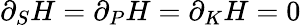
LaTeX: \partial_{S}H=\partial_{P}H=\partial_{K}H=0